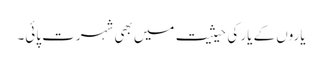
یاروں کے یار کی حیثیت میں بھی شہرت پائی۔